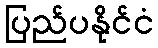
ပြည်ပနိုင်ငံ